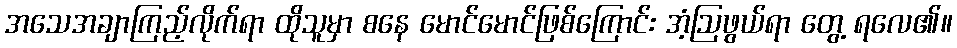
အသေအချာကြည့်လိုက်ရာ ထိုသူမှာ စနေ မောင်မောင်ဖြစ်ကြောင်း အံ့ဩဖွယ်ရာ တွေ့ ရလေ၏။